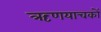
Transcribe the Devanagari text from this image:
ऋणयाचकों